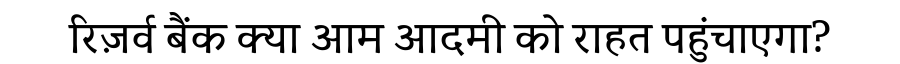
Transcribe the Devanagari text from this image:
रिज़र्व बैंक क्या आम आदमी को राहत पहुंचाएगा?